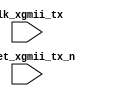
// `include "defines.v"
 
module sync_clk_core(/*AUTOARG*/
  // Inputs
  clk_xgmii_tx, reset_xgmii_tx_n
  );
 
input         clk_xgmii_tx;
input         reset_xgmii_tx_n;
 
//input         ctrl_tx_disable_padding;
 
//output        ctrl_tx_disable_padding_ccr;
 
 
/*AUTOREG*/
 
/*AUTOWIRE*/
 
//wire  [0:0]             sig_out;
 
//assign {ctrl_tx_disable_padding_ccr} = sig_out;
 
//meta_sync #(.DWIDTH (1)) meta_sync0 (
//                      // Outputs
//                      .out              (sig_out),
//                      // Inputs
//                      .clk              (clk_xgmii_tx),
//                      .reset_n          (reset_xgmii_tx_n),
//                      .in               ({
//                                          ctrl_tx_disable_padding
//                                         }));
 
endmodule